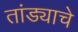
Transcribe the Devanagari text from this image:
तांड्याचे